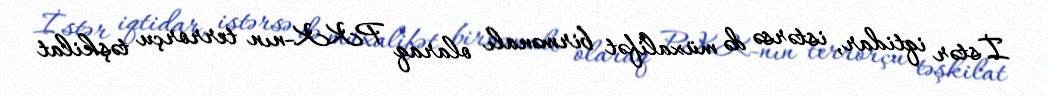
İstər iqtidar, istərsə də müxalifət birmənalı olaraq PKK-nın terrorçu təşkilat